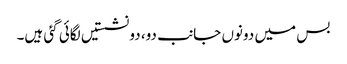
بس میں دونوں جانب دو، دو نشستیں لگائی گئی ہیں۔